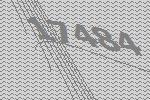
17484